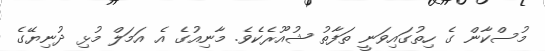
މުސްކާން ގެ ހިތުގައިވަނީ ތަފާތު ޝުއޫރެކެވެ. މާނިއުގެ އެ އަމަލް މުޅި ދުނިޔޭގެ